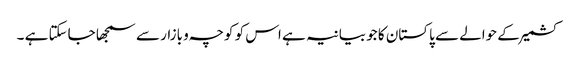
کشمیر کے حوالے سے پاکستان کا جو بیانیہ ہے اس کو کوچہ و بازار سے سمجھا جاسکتا ہے ۔